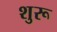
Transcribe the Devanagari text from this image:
शुरू